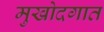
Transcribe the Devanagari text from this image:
मुखोदगात